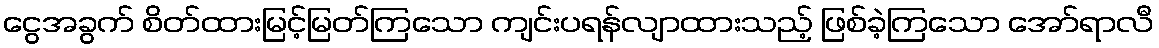
ငွေအခွက် စိတ်ထားမြင့်မြတ်ကြသော ကျင်းပရန်လျာထားသည့် ဖြစ်ခဲ့ကြသော အော်ရာလီ